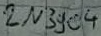
Text: 2N3904